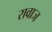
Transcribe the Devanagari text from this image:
रावाज